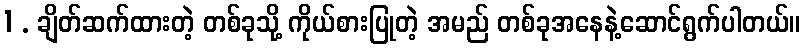
1 . ချိတ်ဆက်ထားတဲ့ တစ်ခုသို့ ကိုယ်စားပြုတဲ့ အမည် တစ်ခုအနေနဲ့ဆောင်ရွက်ပါတယ်။